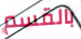
بالقسم